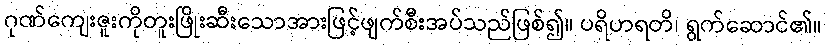
ဂုဏ်ကျေးဇူးကိုတူးဖြိုးဆီးသောအားဖြင့်ဖျက်စီးအပ်သည်ဖြစ်၍။ ပရိဟရတိ၊ ရွက်ဆောင်၏။